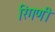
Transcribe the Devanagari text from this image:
रिंगणी